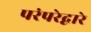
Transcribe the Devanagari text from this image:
परंपरेद्वारे